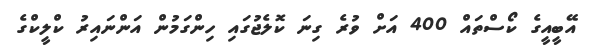
އޭބީއީގެ ކޯސްތައް 400 އަށް ވުރެ ގިނަ ކޮލެޖުގައި ހިންގަމުން އަންނައިރު ކްލީކްގެ